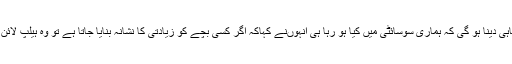
انہ وں نے کہاکہ بچوں کو آگاہی دینا ہو گی کہ ہماری سوسائٹی میں کیا ہو رہا ہی انہوںنے کہاکہ اگر کسی بچے کو زیادتی کا نشانہ بنایا جاتا ہے تو وہ ہیلپ لائن 1099 پر کال کر سکتا ہے۔